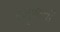
રમૂજની